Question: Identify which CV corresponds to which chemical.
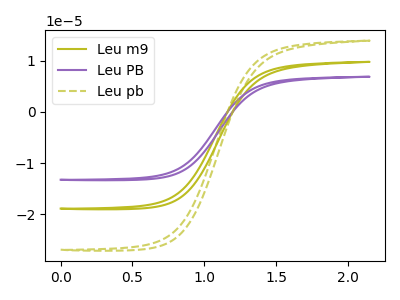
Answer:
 <answer>The olive curve is labeled "Leu m9". The purple curve is labeled "Leu PB". The olive dashed curve is labeled "Leu pb".</answer>
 <eval></eval>